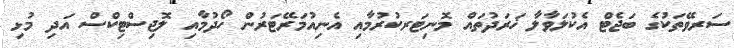
ސަރވޭތަކުގެ ބަޖެޓްް އެކުލަވާލާ ޚަރަދުތައް މޮނިޓަރކުރުމާއި އެނިއުމަރޭޓަރުން ހޯދުމާއި ލޮޖިސްޓިކްސް އަދި މުޅި